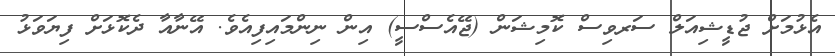
އެޅުމަށް ޖުޑީޝިއަލް ސަރވިސް ކޮމިޝަން (ޖޭއެސްސީ) އިން ނިންމައިފިއެވެ. އޭނާއާ ދެކޮޅަށް ފިޔަވަޅު